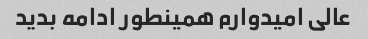
عالی امیدوارم همینطور ادامه بدید